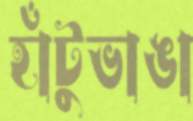
হাঁটুভাঙা